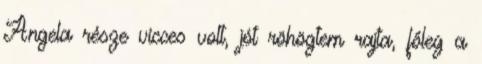
Angela része vicces volt, jót röhögtem rajta, főleg a